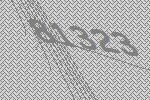
81323